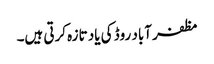
مظفر آباد روڈ کی یاد تازہ کرتی ہیں۔